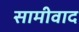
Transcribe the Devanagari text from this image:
सामीवाद